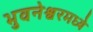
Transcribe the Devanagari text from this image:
भुवनेश्वरमध्ये